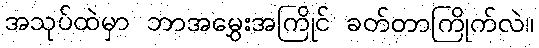
အသုပ်ထဲမှာ ဘာအမွှေးအကြိုင် ခတ်တာကြိုက်လဲ။